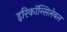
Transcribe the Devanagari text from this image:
इरिकॉन्सिलेबल